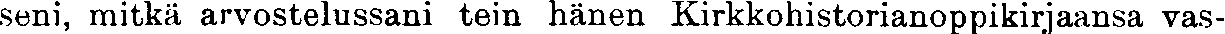
seni, mitkä arvostelussani tein hänen Kirkkohistorianoppikirjaansa vas-